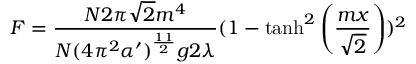
F = \frac { N 2 \pi \sqrt { 2 } m ^ { 4 } } { N ( 4 \pi ^ { 2 } \alpha ^ { \prime } ) ^ { \frac { 1 1 } { 2 } } g 2 \lambda } ( 1 - \operatorname { t a n h } ^ { 2 } \left( \frac { m x } { \sqrt { 2 } } \right) ) ^ { 2 }